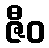
ဇီဝ